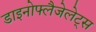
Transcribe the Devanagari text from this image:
डाइनोफ्लैजेलेट्स